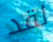
لقد